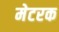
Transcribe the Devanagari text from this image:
मेटरक